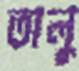
তালু